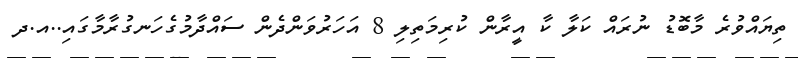
ތިޔައްވުރެ މާބޮޑު ނުރައް ކަލާ ކާ އީރާން ކުރިމަތިލި 8 އަހަރުވަންދެން ސައްދާމުގެހަނގުރާމާގައި..އ.ދ